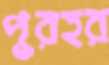
পুরহর